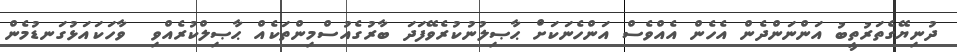
ދުނިޔޭގެތަރުތީބު އަންނަންދެން އެހެން އެއްވެސް އަންހެނަކަށް ޙާޞިލުނުކުރެވޭފަދަ ބާރުގެއުސްމިންތަކެއް ޙާޞިލްކުރެއްވި  ވާހަކައަޅުގަނޑުމެން